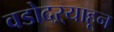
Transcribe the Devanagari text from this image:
वडोदऱ्याहून